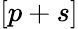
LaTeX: [p+s]